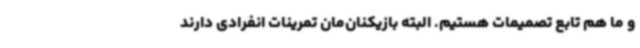
و ما هم تابع تصمیمات هستیم. البته بازیکنان‌مان تمرینات انفرادی دارند